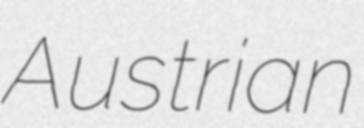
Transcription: Austrian